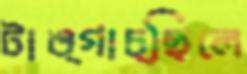
টাঙ্গাচ্ছিলে